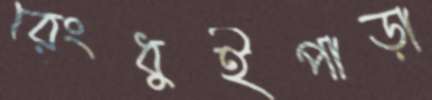
রেংধুইপাড়া